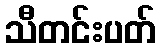
သီတင်းပတ်